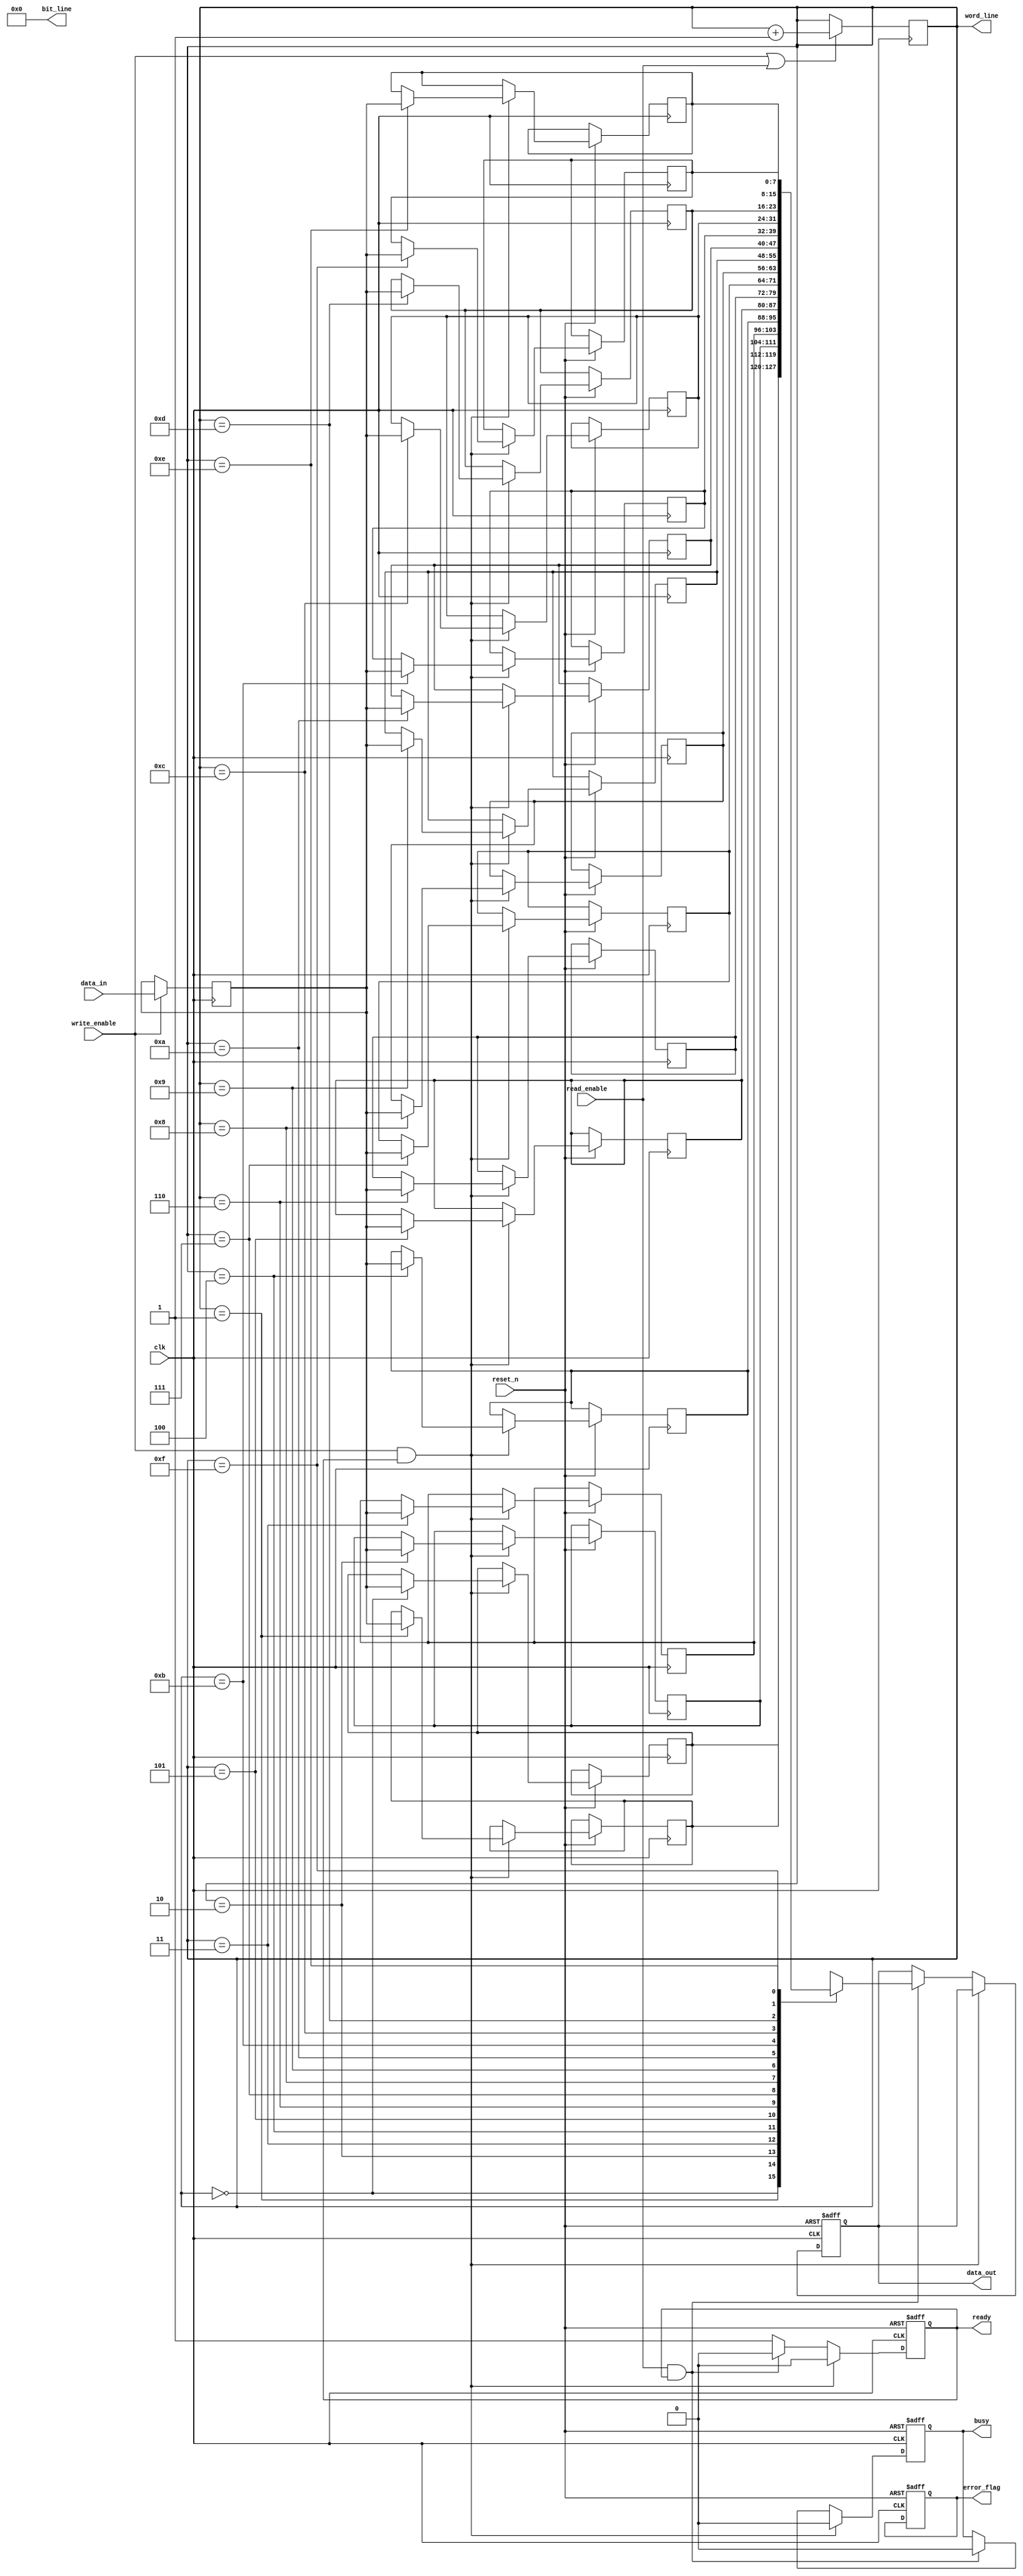
module PCM_IO_Block (
    input wire clk,                // System clock
    input wire reset_n,            // Active low reset
    input wire [7:0] data_in,      // 8-bit parallel data input
    output reg [7:0] data_out,     // 8-bit parallel data output
    input wire read_enable,         // Read enable signal
    input wire write_enable,        // Write enable signal
    output reg ready,               // Ready signal
    output reg busy,                // Busy signal
    output reg error_flag,          // Error flag for data integrity
    output wire [3:0] word_line,    // Word line for memory addressing
    output wire [3:0] bit_line      // Bit line for memory addressing
);

// Internal signals
reg [7:0] data_buffer;             // Buffer for incoming data
reg [3:0] address;                 // Address for memory access
reg [7:0] memory [0:15];           // Simple memory array (16 x 8 bits)

// Control signal generation
always @(posedge clk or negedge reset_n) begin
    if (!reset_n) begin
        ready <= 1'b1;
        busy <= 1'b0;
        error_flag <= 1'b0;
        data_out <= 8'b0;
    end else begin
        if (write_enable && ready) begin
            busy <= 1'b1;
            memory[address] <= data_buffer; // Write data to memory
            ready <= 1'b0;
            busy <= 1'b0;
        end else if (read_enable && ready) begin
            busy <= 1'b1;
            data_out <= memory[address]; // Read data from memory
            ready <= 1'b0;
            busy <= 1'b0;
        end else begin
            ready <= 1'b1; // Set ready when not busy
        end
    end
end

// Data input block
always @(posedge clk) begin
    if (write_enable) begin
        data_buffer <= data_in; // Buffer incoming data
    end
end

// Addressing logic (for example purposes, using a simple counter)
always @(posedge clk) begin
    if (write_enable || read_enable) begin
        address <= address + 1'b1; // Increment address for next operation
    end
end

// Memory cell interface (word line and bit line generation)
assign word_line = address[3:0]; // Simplified address mapping
assign bit_line = 4'b0000; // Assuming single bit line for demonstration

endmodule